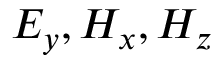
E _ { y } , H _ { x } , H _ { z }